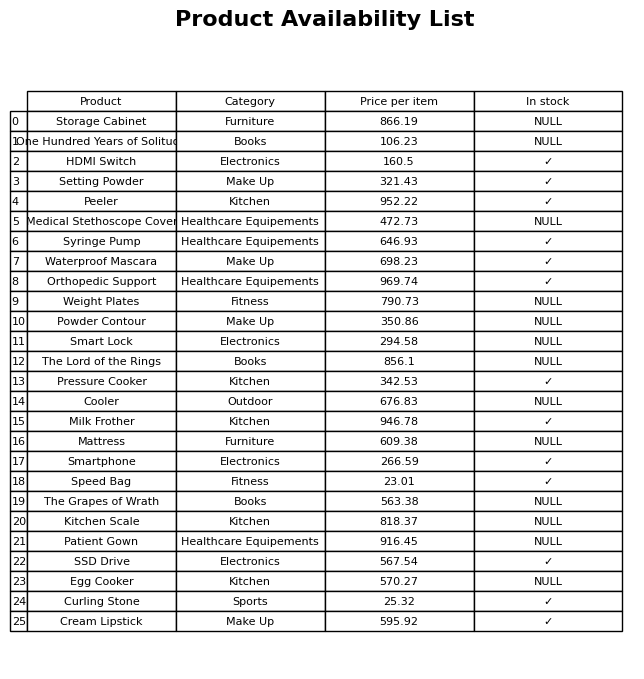
question: What is the price of the Peeler?
answer: The price of Peeler is 952.22.